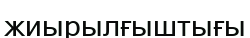
жиырылғыштығы